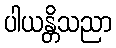
ပါယန္တိသညာ